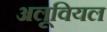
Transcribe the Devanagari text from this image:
अलूवियल